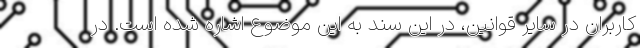
کاربران در سایر قوانین، در این سند به این موضوع اشاره شده است. در